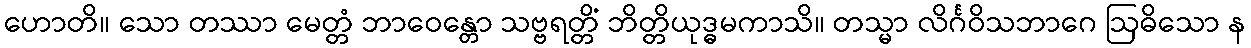
ဟောတိ။ သော တဿာ မေတ္တံ ဘာဝေန္တော သဗ္ဗရတ္တိံ ဘိတ္တိယုဒ္ဓမကာသိ။ တသ္မာ လိင်္ဂဝိသဘာဂေ ဩဓိသော န